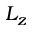
L _ { z }